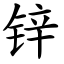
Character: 锌